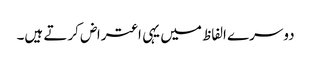
دوسرے الفاظ میں یہی اعتراض کرتے ہیں۔